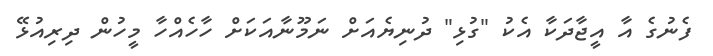
ފެނުގެ އާ އީޖާދަކާ އެކު "ގުޅި" ދުނިޔެއަށް ނަމޫނާއަކަށް ހާހެއްހާ މީހުން ދިރިއުޅޭ